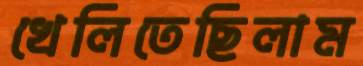
খেলিতেছিলাম